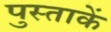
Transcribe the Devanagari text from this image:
पुस्ताकें